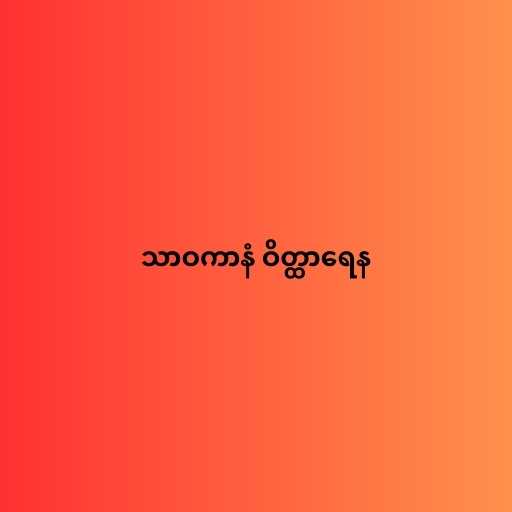
သာဝကာနံ ဝိတ္ထာရေန